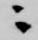
ニ